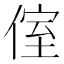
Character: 𠋤